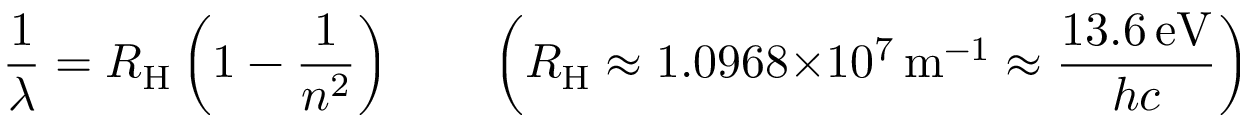
{ \frac { 1 } { \lambda } } = R _ { \mathrm { H } } \left( 1 - { \frac { 1 } { n ^ { 2 } } } \right) \qquad \left( R _ { \mathrm { H } } \approx 1 . 0 9 6 8 { \times } 1 0 ^ { 7 } \, { \mathrm { m } } ^ { - 1 } \approx { \frac { 1 3 . 6 \, { \mathrm { e V } } } { h c } } \right)